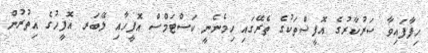
ހިފާފައިވާ ސަރުކާރުގެ އޮފީސްތަކުގެ ތެރޭގައި ހިމެނެނީ ކަސްޓަމްސް އޮފީހާއި ލޭބަރ އޮފީހުގެ އިތުރުން